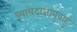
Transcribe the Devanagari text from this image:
ध्यायेदाजानुबाहुं